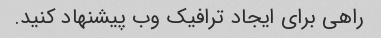
راهی برای ایجاد ترافیک وب پیشنهاد کنید.